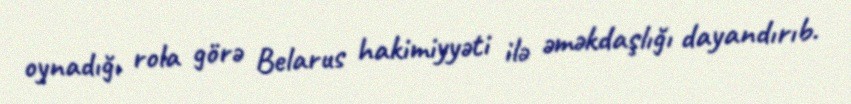
oynadığı rola görə Belarus hakimiyyəti ilə əməkdaşlığı dayandırıb.